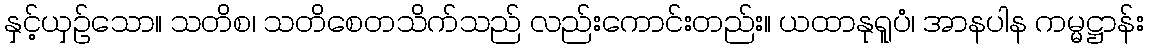
နှင့်ယှဉ်သော။ သတိစ၊ သတိစေတသိက်သည် လည်းကောင်းတည်း။ ယထာနုရူပံ၊ အာနပါန ကမ္မဋ္ဌာန်း